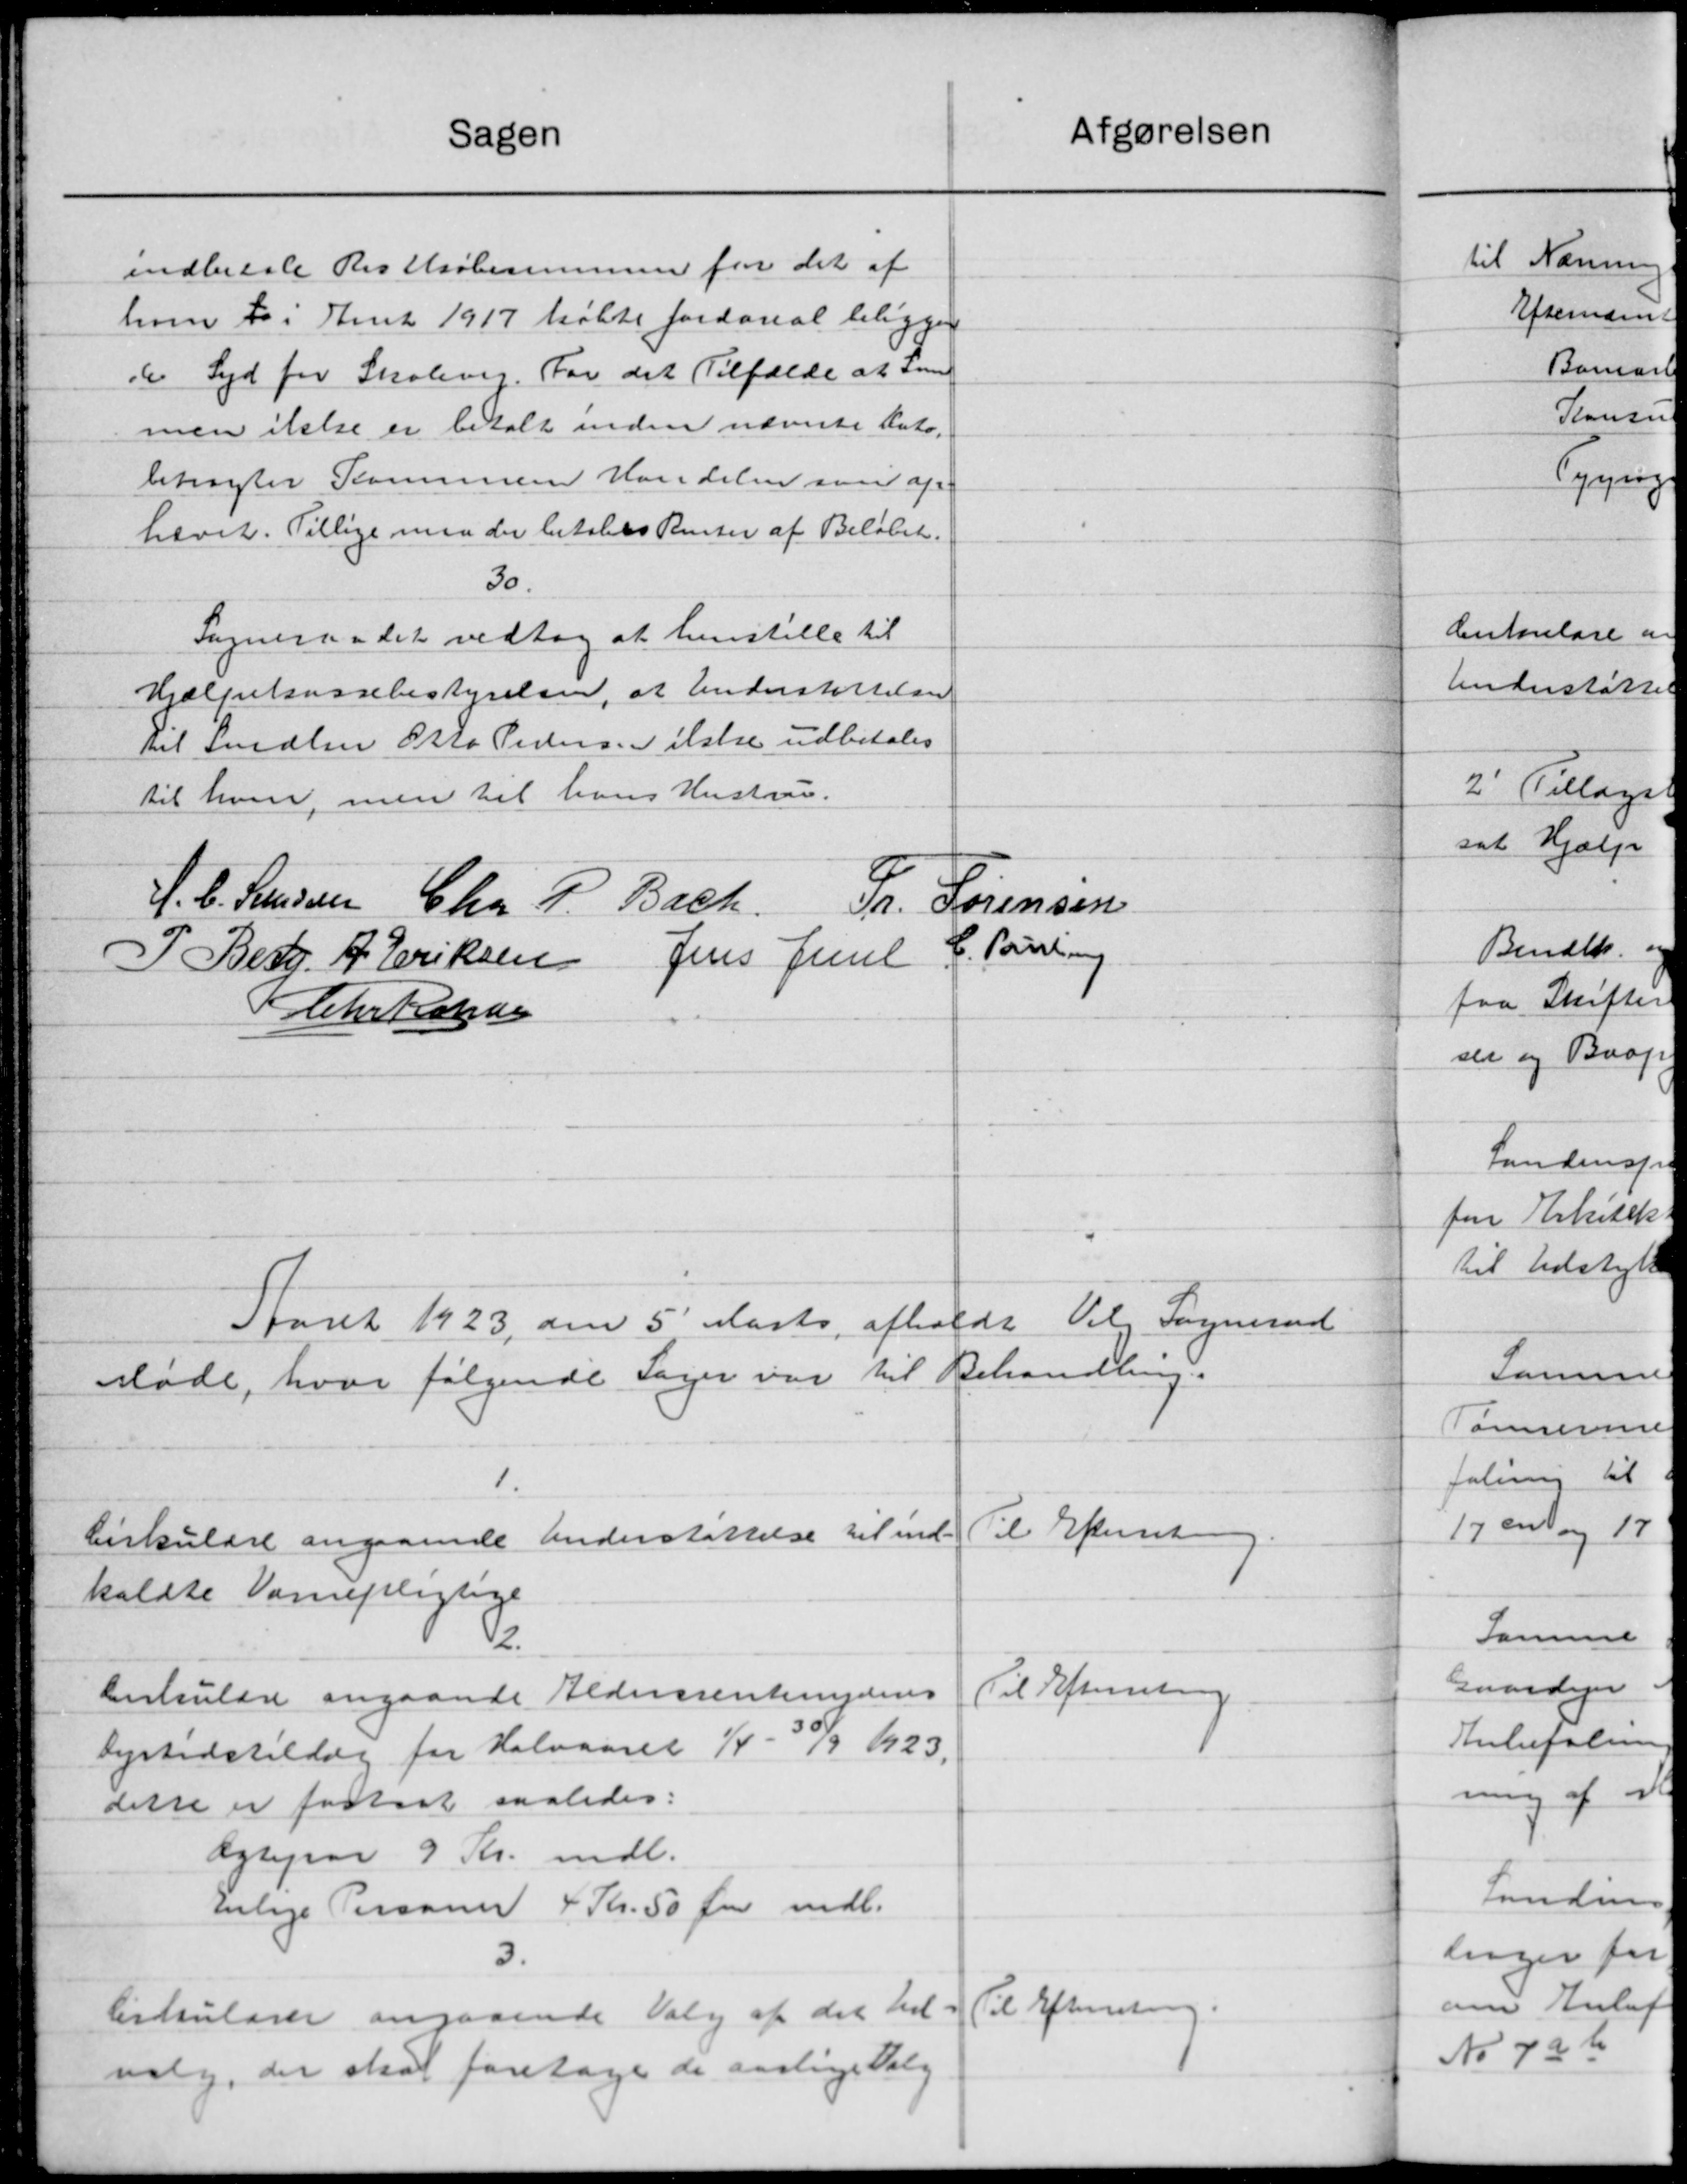
Transskription:
Afgørelsen
Sagen
indbetale Restkøbesummen for det af
hoen to i Aaret 1917 købte fordareal beligger
d Syd for Skolevej. For det Tilfælde at som
men ikke er betalt inden nævnte Auto-
betragter Kommune Vandelen saa af-
hævet. Tillige maa der betalets Renter af Beløbet.
30.
Sogneraadet vedtog at henstille til
Hjælpekassebestyrelsen, at Understøttelsen
til Smedlen Otto Peders. Tilske udbetales
til hver, men til hans Hustru.
H. C. Stensen Chr. P. Bach
51.
Sørensen
C. Torning
 Best. A. Eriksen Jens Juul
Chr Hansen
Aaret 1923, den 5' Marts afholdt Valg Sogneraad
Møde, hvor følgende Sager var til Behandling.
1.
Til Efterretning
Cirkulære angaaende Understøttelse til ind-
kaldte Varnepligtige
2.
Til Efterretning
Cirkulære angaaende Aldersrentenyderes
Dyrtidstillæg for Halvaaret 1/4 - 30/9 1923.
dette er fastsat saaledes:
dyrpaa 9 Kr. mdl.
Enlige Personer 4 Kr. 50 Øre indb.
3.
Til Efterretning.
Cirkulærer angaaende Valg af det hid-
valg, der skal foretage de aarlige Valg